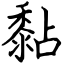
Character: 黏